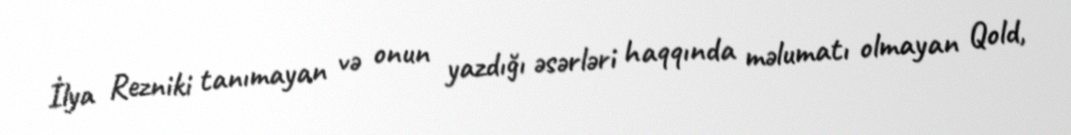
İlya Rezniki tanımayan və onun yazdığı əsərləri haqqında məlumatı olmayan Qold,